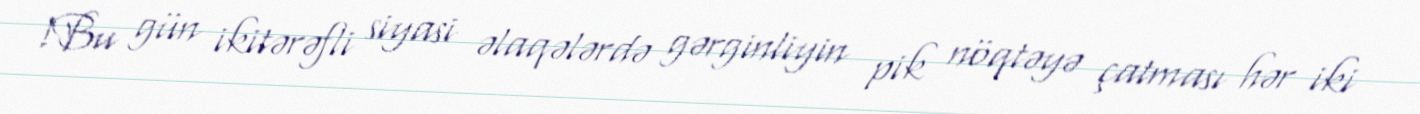
!Bu gün ikitərəfli siyasi əlaqələrdə gərginliyin pik nöqtəyə çatması hər iki